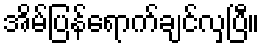
အိမ်ပြန်ရောက်ချင်လှပြီ။